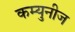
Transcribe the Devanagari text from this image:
कम्युनीज